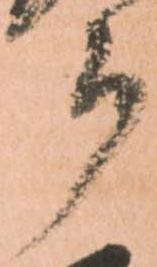
郎